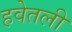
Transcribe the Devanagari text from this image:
हवेतली